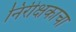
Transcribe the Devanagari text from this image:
निरीक्षकाचा